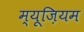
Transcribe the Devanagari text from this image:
म्‍यूज़ियम